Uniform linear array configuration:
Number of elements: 12
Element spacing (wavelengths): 1
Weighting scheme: kaiser
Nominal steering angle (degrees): -30
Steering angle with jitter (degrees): -29.273
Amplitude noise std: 0.05
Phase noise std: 0.05

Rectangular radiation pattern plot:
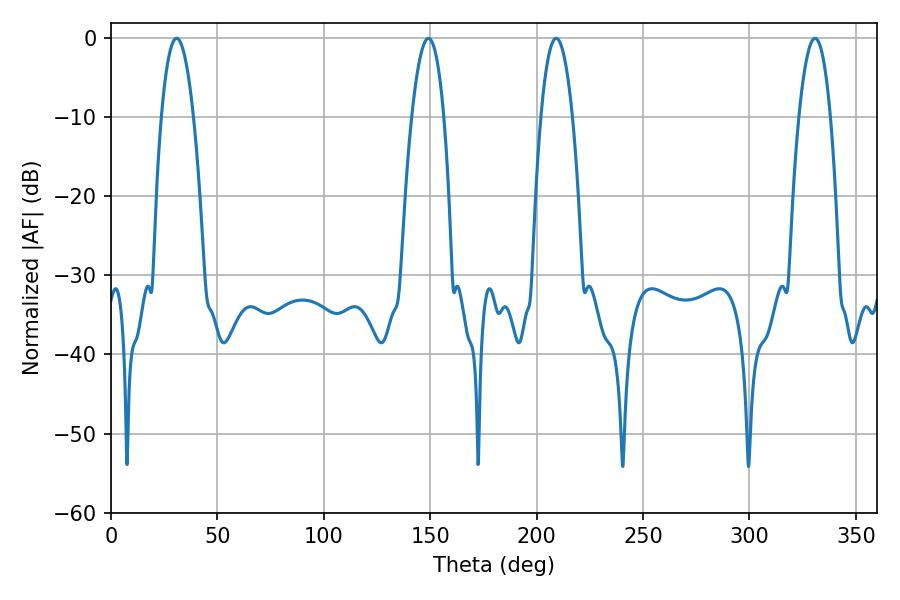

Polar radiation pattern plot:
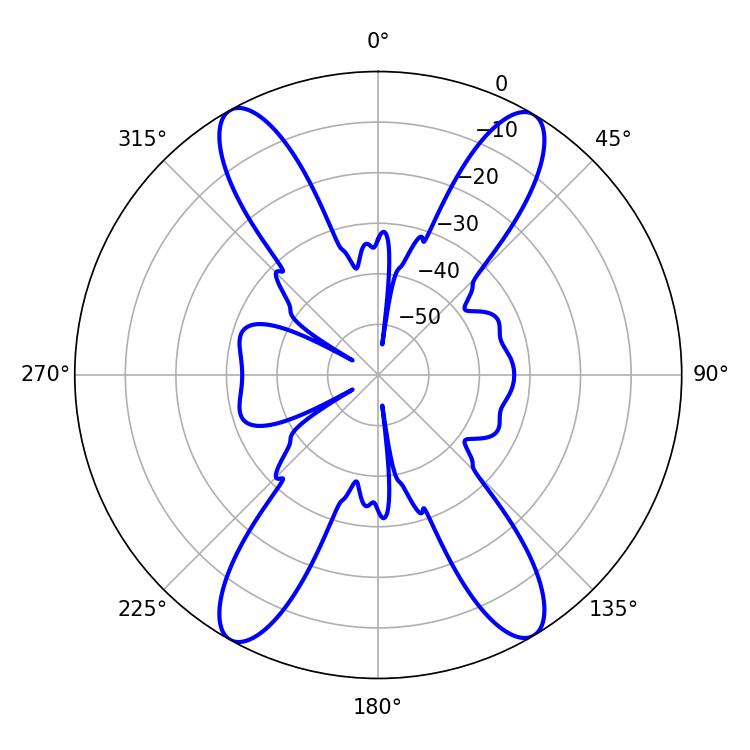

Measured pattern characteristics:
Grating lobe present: TRUE
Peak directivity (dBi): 22.689
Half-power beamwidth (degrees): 8.1
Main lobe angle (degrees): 209.16